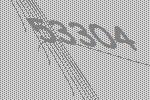
53304